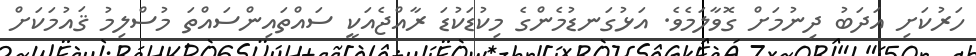
ހަރުކަށި އަދަބު ދިނުމަށް ގޮވާލަމެވެ. އަޅުގަނޑުމެންގެ މިކުޑަކުޑަ ރާއްޖެއަކީ ސައްތައިންސައްތަ މުސްލިމު ޤައުމަކަށް